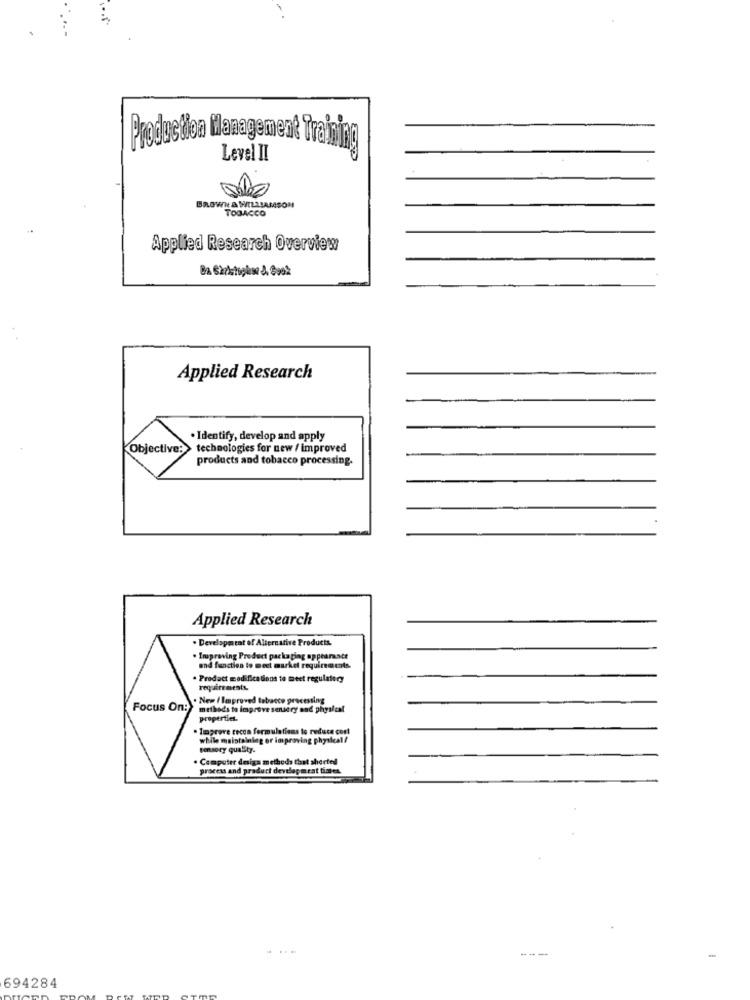
Production Management Training
Level II
BROWN & WILLIAMSON
TOBACCO
Applied Research Overview
Applied Research
· Identify, develop and apply
Objective:
technologies for new / improved
products and tobacco processing.
Applied Research
. Development of Alternative Products.
. Improving Product packaging appearance
and function to meet market requirements.
. Product modifications to meet regulatory
requirements.
New / Improved tabacco processing
Focus On: methods to improve squery and physlat
properties.
. Improve cecca formulations to reduce cost
while maistalaleg or improving physical /
. Computer design methods that shorted
process and product development times.
....
---
-
694284